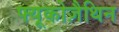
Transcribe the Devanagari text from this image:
फ्यूकोज़ैथिन